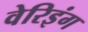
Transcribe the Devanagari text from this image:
वेरिइंग